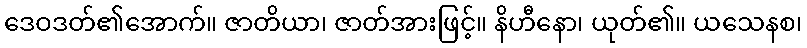
ဒေဝဒတ်၏အောက်။ ဇာတိယာ၊ ဇာတ်အားဖြင့်။ နိဟီနော၊ ယုတ်၏။ ယသေနစ၊